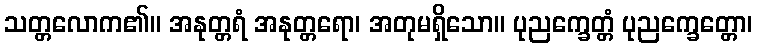
သတ္တလောက၏။ အနုတ္တရံ အနုတ္တရော၊ အတုမရှိသော။ ပုညက္ခေတ္တံ ပုညက္ခေတ္တော၊